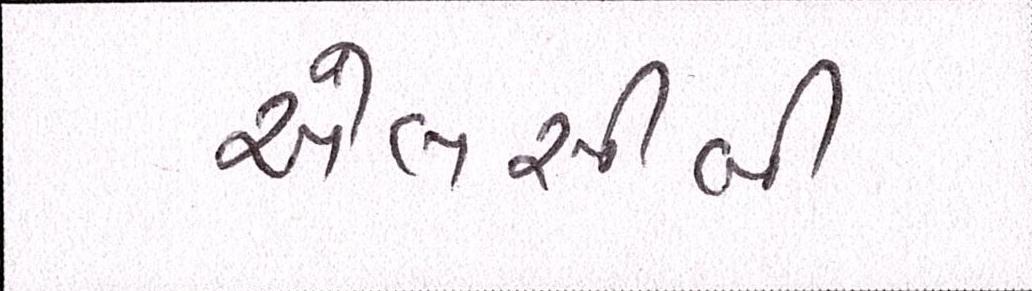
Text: એલસીબી